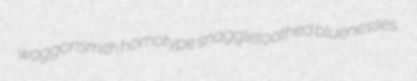
waggonsmith homotype snaggletoothed bluenesses